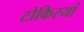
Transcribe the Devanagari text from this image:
टोकिरयां